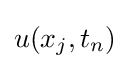
u(x_{j},t_{n})